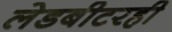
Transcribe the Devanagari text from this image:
लेडबीटरही